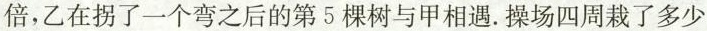
倍，乙在拐了一个弯之后的第5棵树与甲相遇。操场四周栽了多少